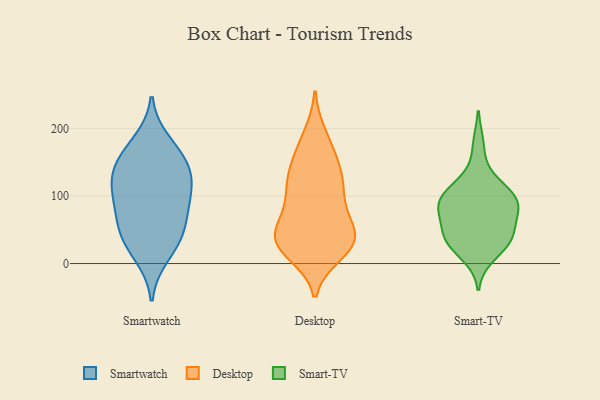
{"axis": {"x": "Inventory Turnover", "y": "Value"}, "legend": ["Desktop", "Smart-TV", "Smartwatch"], "data": [{"x": "", "y": 48, "type": "Smartwatch"}, {"x": "", "y": 113, "type": "Smartwatch"}, {"x": "", "y": 145, "type": "Smartwatch"}, {"x": "", "y": 12, "type": "Smartwatch"}, {"x": "", "y": 108, "type": "Smartwatch"}, {"x": "", "y": 47, "type": "Smartwatch"}, {"x": "", "y": 160, "type": "Smartwatch"}, {"x": "", "y": 123, "type": "Smartwatch"}, {"x": "", "y": 81, "type": "Smartwatch"}, {"x": "", "y": 146, "type": "Smartwatch"}, {"x": "", "y": 34, "type": "Smartwatch"}, {"x": "", "y": 83, "type": "Smartwatch"}, {"x": "", "y": 180, "type": "Smartwatch"}, {"x": "", "y": 131, "type": "Desktop"}, {"x": "", "y": 176, "type": "Desktop"}, {"x": "", "y": 51, "type": "Desktop"}, {"x": "", "y": 38, "type": "Desktop"}, {"x": "", "y": 37, "type": "Desktop"}, {"x": "", "y": 130, "type": "Desktop"}, {"x": "", "y": 31, "type": "Desktop"}, {"x": "", "y": 107, "type": "Desktop"}, {"x": "", "y": 161, "type": "Desktop"}, {"x": "", "y": 95, "type": "Desktop"}, {"x": "", "y": 30, "type": "Desktop"}, {"x": "", "y": 33, "type": "Desktop"}, {"x": "", "y": 68, "type": "Desktop"}, {"x": "", "y": 190, "type": "Desktop"}, {"x": "", "y": 33, "type": "Desktop"}, {"x": "", "y": 16, "type": "Desktop"}, {"x": "", "y": 73, "type": "Desktop"}, {"x": "", "y": 134, "type": "Desktop"}, {"x": "", "y": 113, "type": "Desktop"}, {"x": "", "y": 23, "type": "Desktop"}, {"x": "", "y": 124, "type": "Smart-TV"}, {"x": "", "y": 53, "type": "Smart-TV"}, {"x": "", "y": 99, "type": "Smart-TV"}, {"x": "", "y": 40, "type": "Smart-TV"}, {"x": "", "y": 87, "type": "Smart-TV"}, {"x": "", "y": 92, "type": "Smart-TV"}, {"x": "", "y": 176, "type": "Smart-TV"}, {"x": "", "y": 30, "type": "Smart-TV"}, {"x": "", "y": 116, "type": "Smart-TV"}, {"x": "", "y": 41, "type": "Smart-TV"}, {"x": "", "y": 84, "type": "Smart-TV"}, {"x": "", "y": 81, "type": "Smart-TV"}, {"x": "", "y": 41, "type": "Smart-TV"}, {"x": "", "y": 28, "type": "Smart-TV"}, {"x": "", "y": 77, "type": "Smart-TV"}, {"x": "", "y": 11, "type": "Smart-TV"}, {"x": "", "y": 96, "type": "Smart-TV"}]}